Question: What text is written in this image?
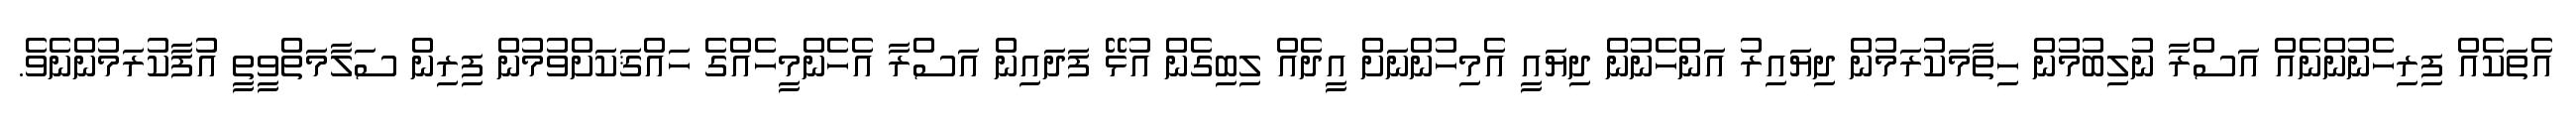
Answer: އެތަކެއް ފިރިހެނުންނެއް އަސްރާ ނުލިބުމުން ހިތާމަކުރަމުން ދިޔައިރު އަންހެނުން ދިޔައީ އެމިހުންނަށް އީދެއް ލިބިގެން އުޅޭ ފަދައިން އަސްރާ އެހެންމީހެއްގެ ހައްޤަކަށްވުމުން ފިރިން ސަލާމަތްވީތީ އުފާކުރަމުންނެވެ.